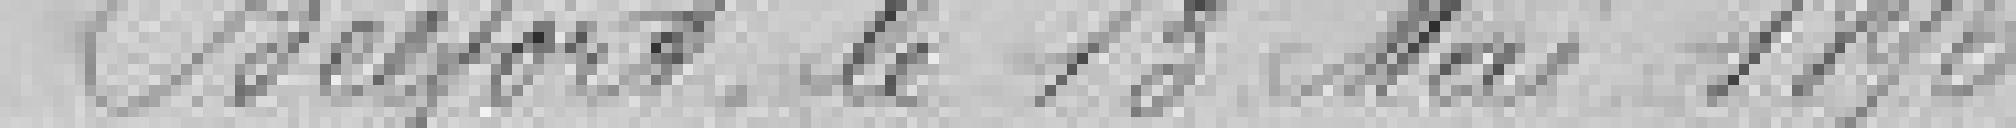
Belfort, le 13 mai 1896